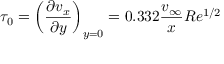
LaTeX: \tau _ { 0 } = \left( { \frac { \partial v _ { x } } { \partial y } } \right) _ { y = 0 } = 0 . 3 3 2 { \frac { v _ { \infty } } { x } } R e ^ { 1 / 2 }